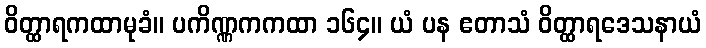
ဝိတ္ထာရကထာမုခံ။ ပကိဏ္ဏကကထာ ၁၆၄။ ယံ ပန ဧတာသံ ဝိတ္ထာရဒေသနာယံ